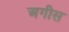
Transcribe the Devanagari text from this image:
अगीस